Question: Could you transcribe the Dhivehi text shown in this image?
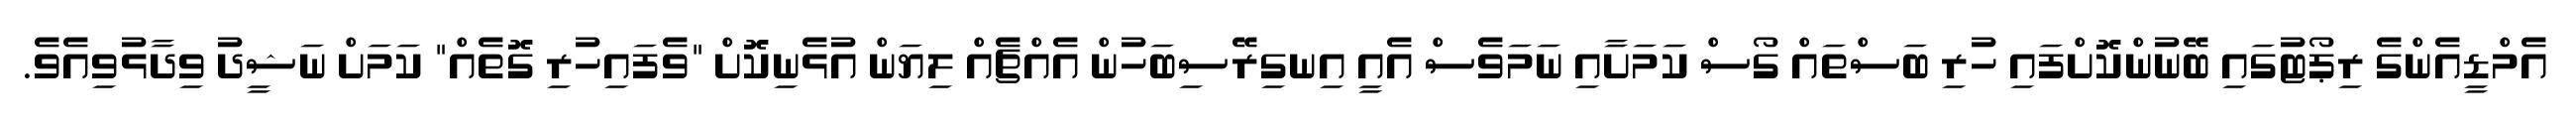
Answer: އެމްޑީއެންގެ ރިޕޯޓުގައި ބޭނުންކޮށްފައި ހުރި ބަސްތައް ގޯސް ކަމަށާއި ނަމަވެސް އެއީ އިނގިރޭސިބަހުން އެއްޗެއް ލިޔަން އުޅެނިކޮށް "ވެފައިހުރި ގޮތެއް" ކަމަށް ނަޝީދު ވިދާޅުވިއެވެ.